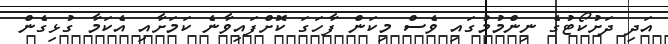
އަދި ދަށުކޯޓުގެ ނިންމުމުގައި ވެސް މިކަން ފާހަގަ ކޮށްފައިވާނެ ކަމަށާއި އެކަމާ ގުޅިގެން